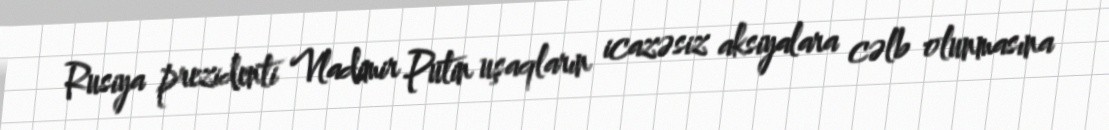
Rusiya prezidenti Vladimir Putin uşaqların icazəsiz aksiyalara cəlb olunmasına